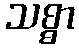
သစ္စာ